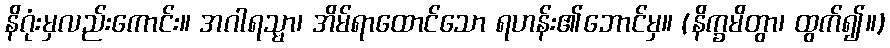
နိဂုံးမှလည်းကောင်း။ အဂါရသ္မာ၊ အိမ်ရာထောင်သော ရဟန်း၏ဘောင်မှ။ (နိက္ခမိတွာ၊ ထွက်၍။)